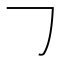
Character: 𠃌